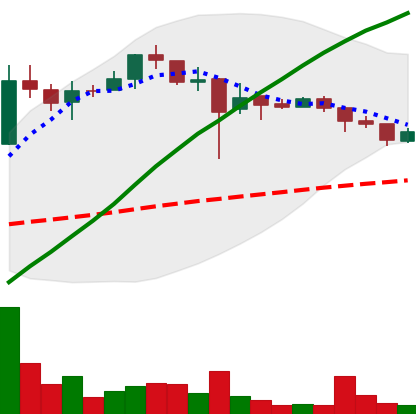
Ticker: LTC-USD
Chart end date: 2017-12-31
Forward return: 7.4%
Label: up_7plus